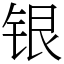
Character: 银